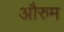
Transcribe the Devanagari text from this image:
औरुम